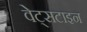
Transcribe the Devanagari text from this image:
वेट्सटाइन